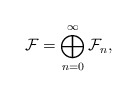
\begin{align*}\mathcal F=\bigoplus_{n=0}^\infty\mathcal F_n,\end{align*}